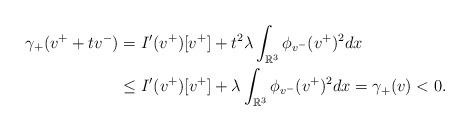
LaTeX: \begin{align*} \gamma_+(v^++tv^-)&=I'(v^+)[v^+]+t^2\lambda\int_{\mathbb R^3}\phi_{v^-}(v^+)^2dx\\ &\leq I'(v^+)[v^+]+\lambda\int_{\mathbb R^3}\phi_{v^-}(v^+)^2dx=\gamma_+(v)<0. \end{align*}